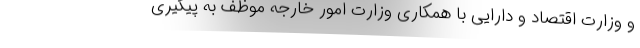
و وزارت اقتصاد و دارایی با همکاری وزارت امور خارجه موظف به پیگیری